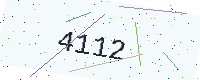
Text: 4112